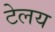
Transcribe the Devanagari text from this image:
टेलय